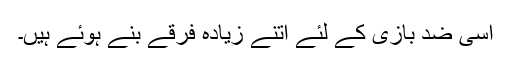
اسی ضد بازی کے لئے اتنے زیادہ فرقے بنے ہوئے ہیں۔